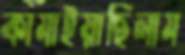
কামাইয়াছিলাম